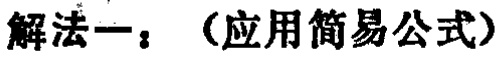
解法一：（应用简易公式）